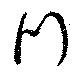
門